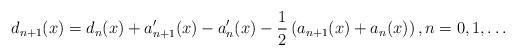
LaTeX: \begin{align*}d_{n+1}(x)=d_{n}(x)+a_{n+1}^{\prime}(x)-a_{n}^{\prime}(x)-\frac{1}{2}\left(a_{n+1}(x)+a_{n}(x)\right) ,n=0,1,\ldots\end{align*}